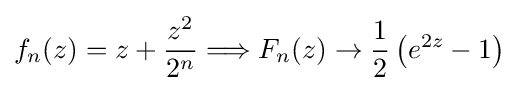
f_{n}(z)=z+{\frac {z^{2}}{2^{n}}}\Longrightarrow F_{n}(z)\to {\frac {1}{2}}\left(e^{2z}-1\right)